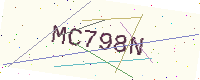
Text: MC798N